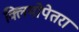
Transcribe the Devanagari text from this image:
क्लियोपेतरा